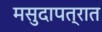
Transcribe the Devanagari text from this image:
मसुदापत्रात